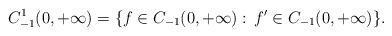
LaTeX: \begin{align*}C_{-1}^1(0,+\infty) = \{ f\in C_{-1}(0,+\infty):\, f^\prime \in C_{-1}(0,+\infty) \}.\end{align*}